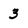
Character: 3